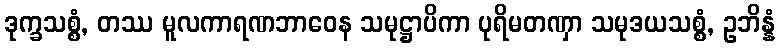
ဒုက္ခသစ္စံ, တဿ မူလကာရဏဘာဝေန သမုဋ္ဌာပိကာ ပုရိမတဏှာ သမုဒယသစ္စံ, ဥဘိန္နံ